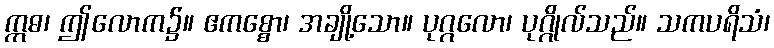
ဣဓ၊ ဤလောက၌။ ဧကစ္စော၊ အချို့သော။ ပုဂ္ဂလော၊ ပုဂ္ဂိုလ်သည်။ သကပရိသံ၊